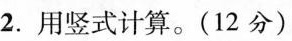
2.用竖式计算。(12分)